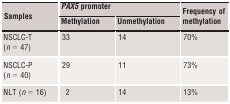
<table><thead><tr><td rowspan="2"><b>Samples</b></td><td colspan="2"><b><i>PAX5</i> promoter</b></td><td rowspan="2"><b>Frequency of methylation</b></td></tr><tr><td><b>Methylation</b></td><td><b>Unmethylation</b></td></tr></thead><tbody><tr><td>NSCLC‐T (<i>n</i> = 47)</td><td>33</td><td>14</td><td>70%</td></tr><tr><td>NSCLC‐P (<i>n</i> = 40)</td><td>29</td><td>11</td><td>73%</td></tr><tr><td>NLT (<i>n</i> = 16)</td><td>2</td><td>14</td><td>13%</td></tr></tbody></table>